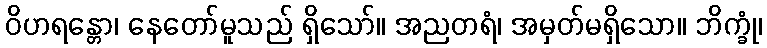
ဝိဟရန္တော၊ နေတော်မူသည် ရှိသော်။ အညတရံ၊ အမှတ်မရှိသော။ ဘိက္ခုံ၊